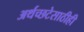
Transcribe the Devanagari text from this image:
अर्थच्छटेसाठीही